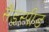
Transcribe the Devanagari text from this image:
सैंडस्‍पीड